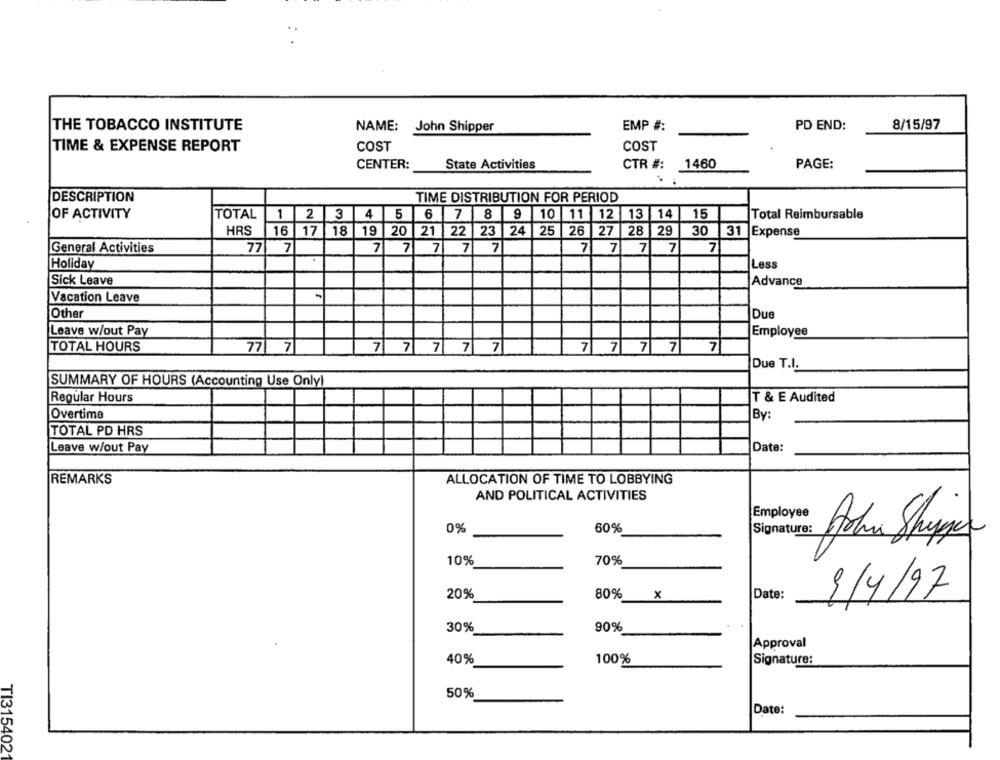
THE TOBACCO INSTITUTE
NAME: John Shipper
EMP #:
PD END:
8/15/97
TIME & EXPENSE REPORT
COST
COST
CENTER:
State Activities
CTR #:
1460
PAGE:
DESCRIPTION
TIME DISTRIBUTION FOR PERIOD
9
14
15
OF ACTIVITY
TOTAL
1 2 3 4 5 6 7 8
10
11
12
| 13
Total Reimbursable
HRS
16 17 18
19 20 21 22 23 24 25 26 27 28 29 30
31
Expense
General Activities
77
7
7
7 7 7 7
7
7
7
7
7
Holiday
Less
Sick Leave
Advance
Vacation Leave
Other
Due
Leave w/out Pay
Employee
TOTAL HOURS
77 7
7 7 7 7 7
7 7 7 7 7
Due T.I.
SUMMARY OF HOURS (Accounting Use Only)
Regular Hours
T & E Audited
Overtime
By:
TOTAL PD HRS
Date:
Leave w/out Pay
ALLOCATION OF TIME TO LOBBYING
REMARKS
AND POLITICAL ACTIVITIES
Employee
0%
60%
Signature:
10%
70%
1/4/97
20%
80%
x
Date:
30%
90%
Approval
40%
100%
Signature:
50%
Date:
TI315402